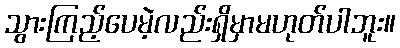
သွားကြည့်ပေမဲ့လည်းရှိမှာမဟုတ်ပါဘူး။